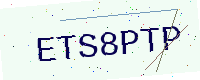
Text: ETS8PTP